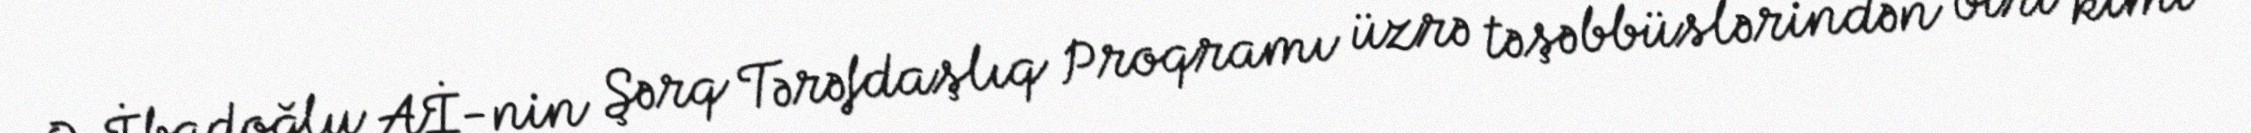
Q.İbadoğlu Aİ-nin Şərq Tərəfdaşlıq Proqramı üzrə təşəbbüslərindən biri kimi